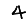
Digit: 4